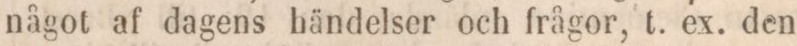
något af dagens händelser och frågor, t. ex. den